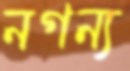
নগন্য